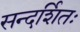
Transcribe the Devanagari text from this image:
सन्दर्शितः